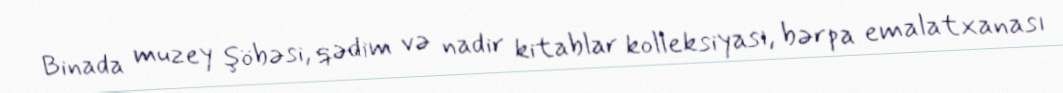
Binada muzey şöbəsi, qədim və nadir kitablar kolleksiyası, bərpa emalatxanası